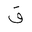
Letter: _qaf